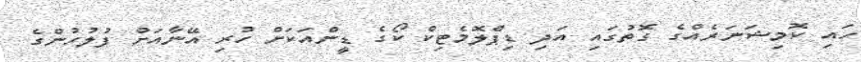
ހައި ކޮމިޝަނަރެއްގެ ގޮތުގައި އަދި ޑިޕްލޮމެޓިކް ކޯގެ ޑީންއަކަށް ހުރި އޭނާއަށް ފުލުހުންގެ